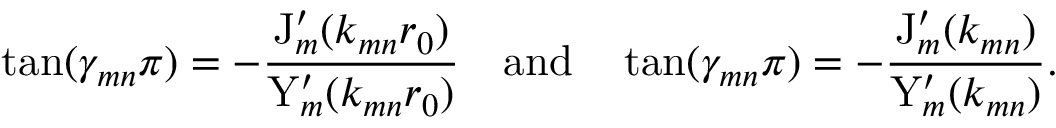
\tan ( \gamma _ { m n } \pi ) = - \frac { \mathrm { J } _ { m } ^ { \prime } ( k _ { m n } r _ { 0 } ) } { \mathrm { Y } _ { m } ^ { \prime } ( k _ { m n } r _ { 0 } ) } \quad \mathrm { a n d } \quad \tan ( \gamma _ { m n } \pi ) = - \frac { \mathrm { J } _ { m } ^ { \prime } ( k _ { m n } ) } { \mathrm { Y } _ { m } ^ { \prime } ( k _ { m n } ) } .